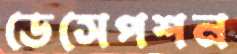
ডেসেপশন